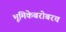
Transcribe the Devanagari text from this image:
भूमिकेबरोबरच